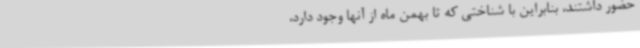
حضور داشتند، بنابراین با شناختی که تا بهمن ماه از آنها وجود دارد،